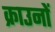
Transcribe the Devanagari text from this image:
क्राउनों